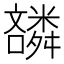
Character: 𫬪